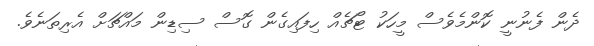
ދެން ފެނުނީ ކޮންމެވެސް މީހަކު ޓޯޗެއް ހިފައިގެން ގޮސް ސިޑިން މައްޗަށް އެރިތަނެވެ.